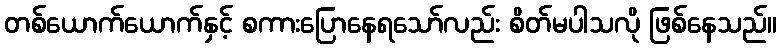
တစ်ယောက်ယောက်နှင့် စကားပြောနေရသော်လည်း စိတ်မပါသလို ဖြစ်နေသည်။